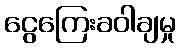
ငွေကြေးခဝါချမှု